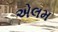
એલમ